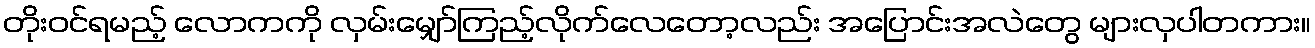
တိုးဝင်ရမည့် လောကကို လှမ်းမျှော်ကြည့်လိုက်လေတော့လည်း အပြောင်းအလဲတွေ များလှပါတကား။